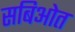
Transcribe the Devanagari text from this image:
सबिओत